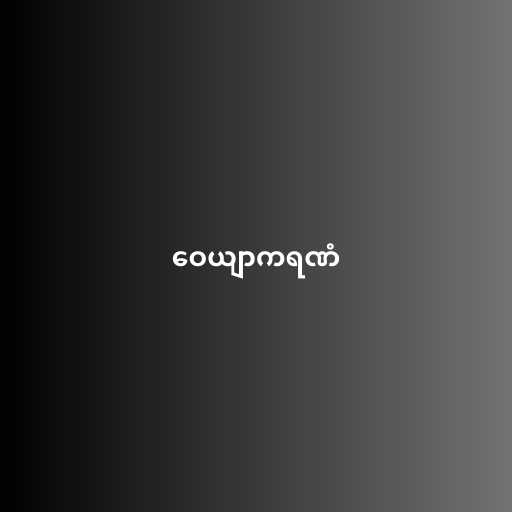
ဝေယျာကရဏံ